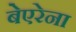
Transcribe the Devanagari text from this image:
बेएरेना